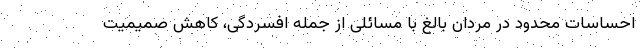
احساسات محدود در مردان بالغ با مسائلی از جمله افسردگی، کاهش صمیمیت